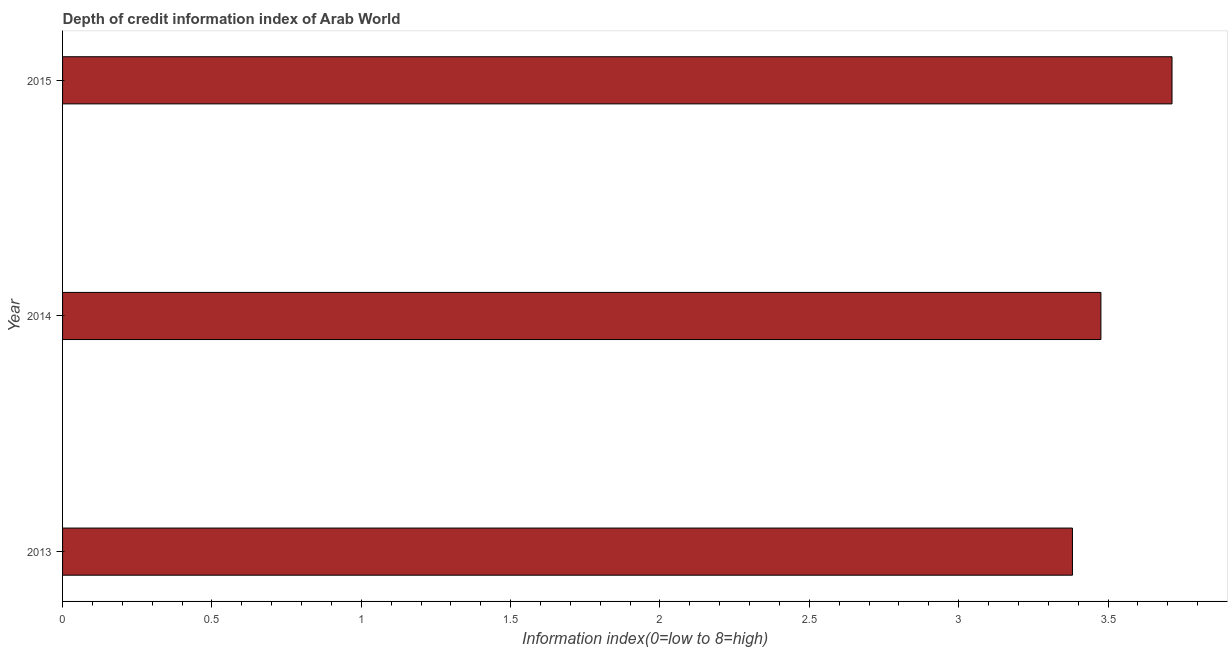
| Year | Depth of credit information index |
 | --- | --- |
 | 2013 | 3.38 |
 | 2014 | 3.48 |
 | 2015 | 3.71 |